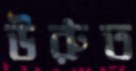
উরুত